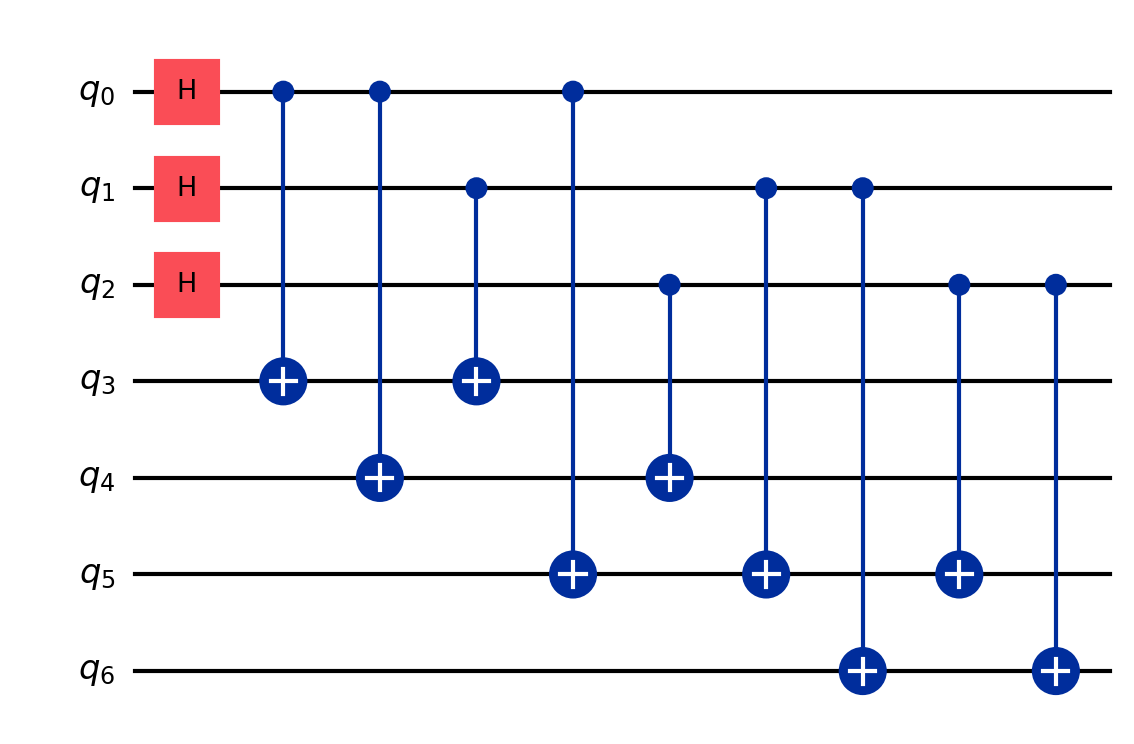
Description: Steane [[7,1,3]] code encoding
描述: Steane [[7,1,3]]码编码
Category: error_correction (difficulty: advanced)
Qubits: 7, circuit depth: 7

Braket implementation:
from braket.circuits import Circuit
circuit = Circuit()
circuit.h(0).h(1).h(2)
circuit.cnot(0, 3).cnot(0, 4).cnot(0, 5)
circuit.cnot(1, 3).cnot(1, 5).cnot(1, 6)
circuit.cnot(2, 4).cnot(2, 5).cnot(2, 6)

Qiskit implementation:
from qiskit import QuantumCircuit
circuit = QuantumCircuit(7)
circuit.h(0).h(1).h(2)
circuit.cx(0, 3).cx(0, 4).cx(0, 5)
circuit.cx(1, 3).cx(1, 5).cx(1, 6)
circuit.cx(2, 4).cx(2, 5).cx(2, 6)